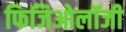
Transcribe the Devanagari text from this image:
फिजिओलॉजी